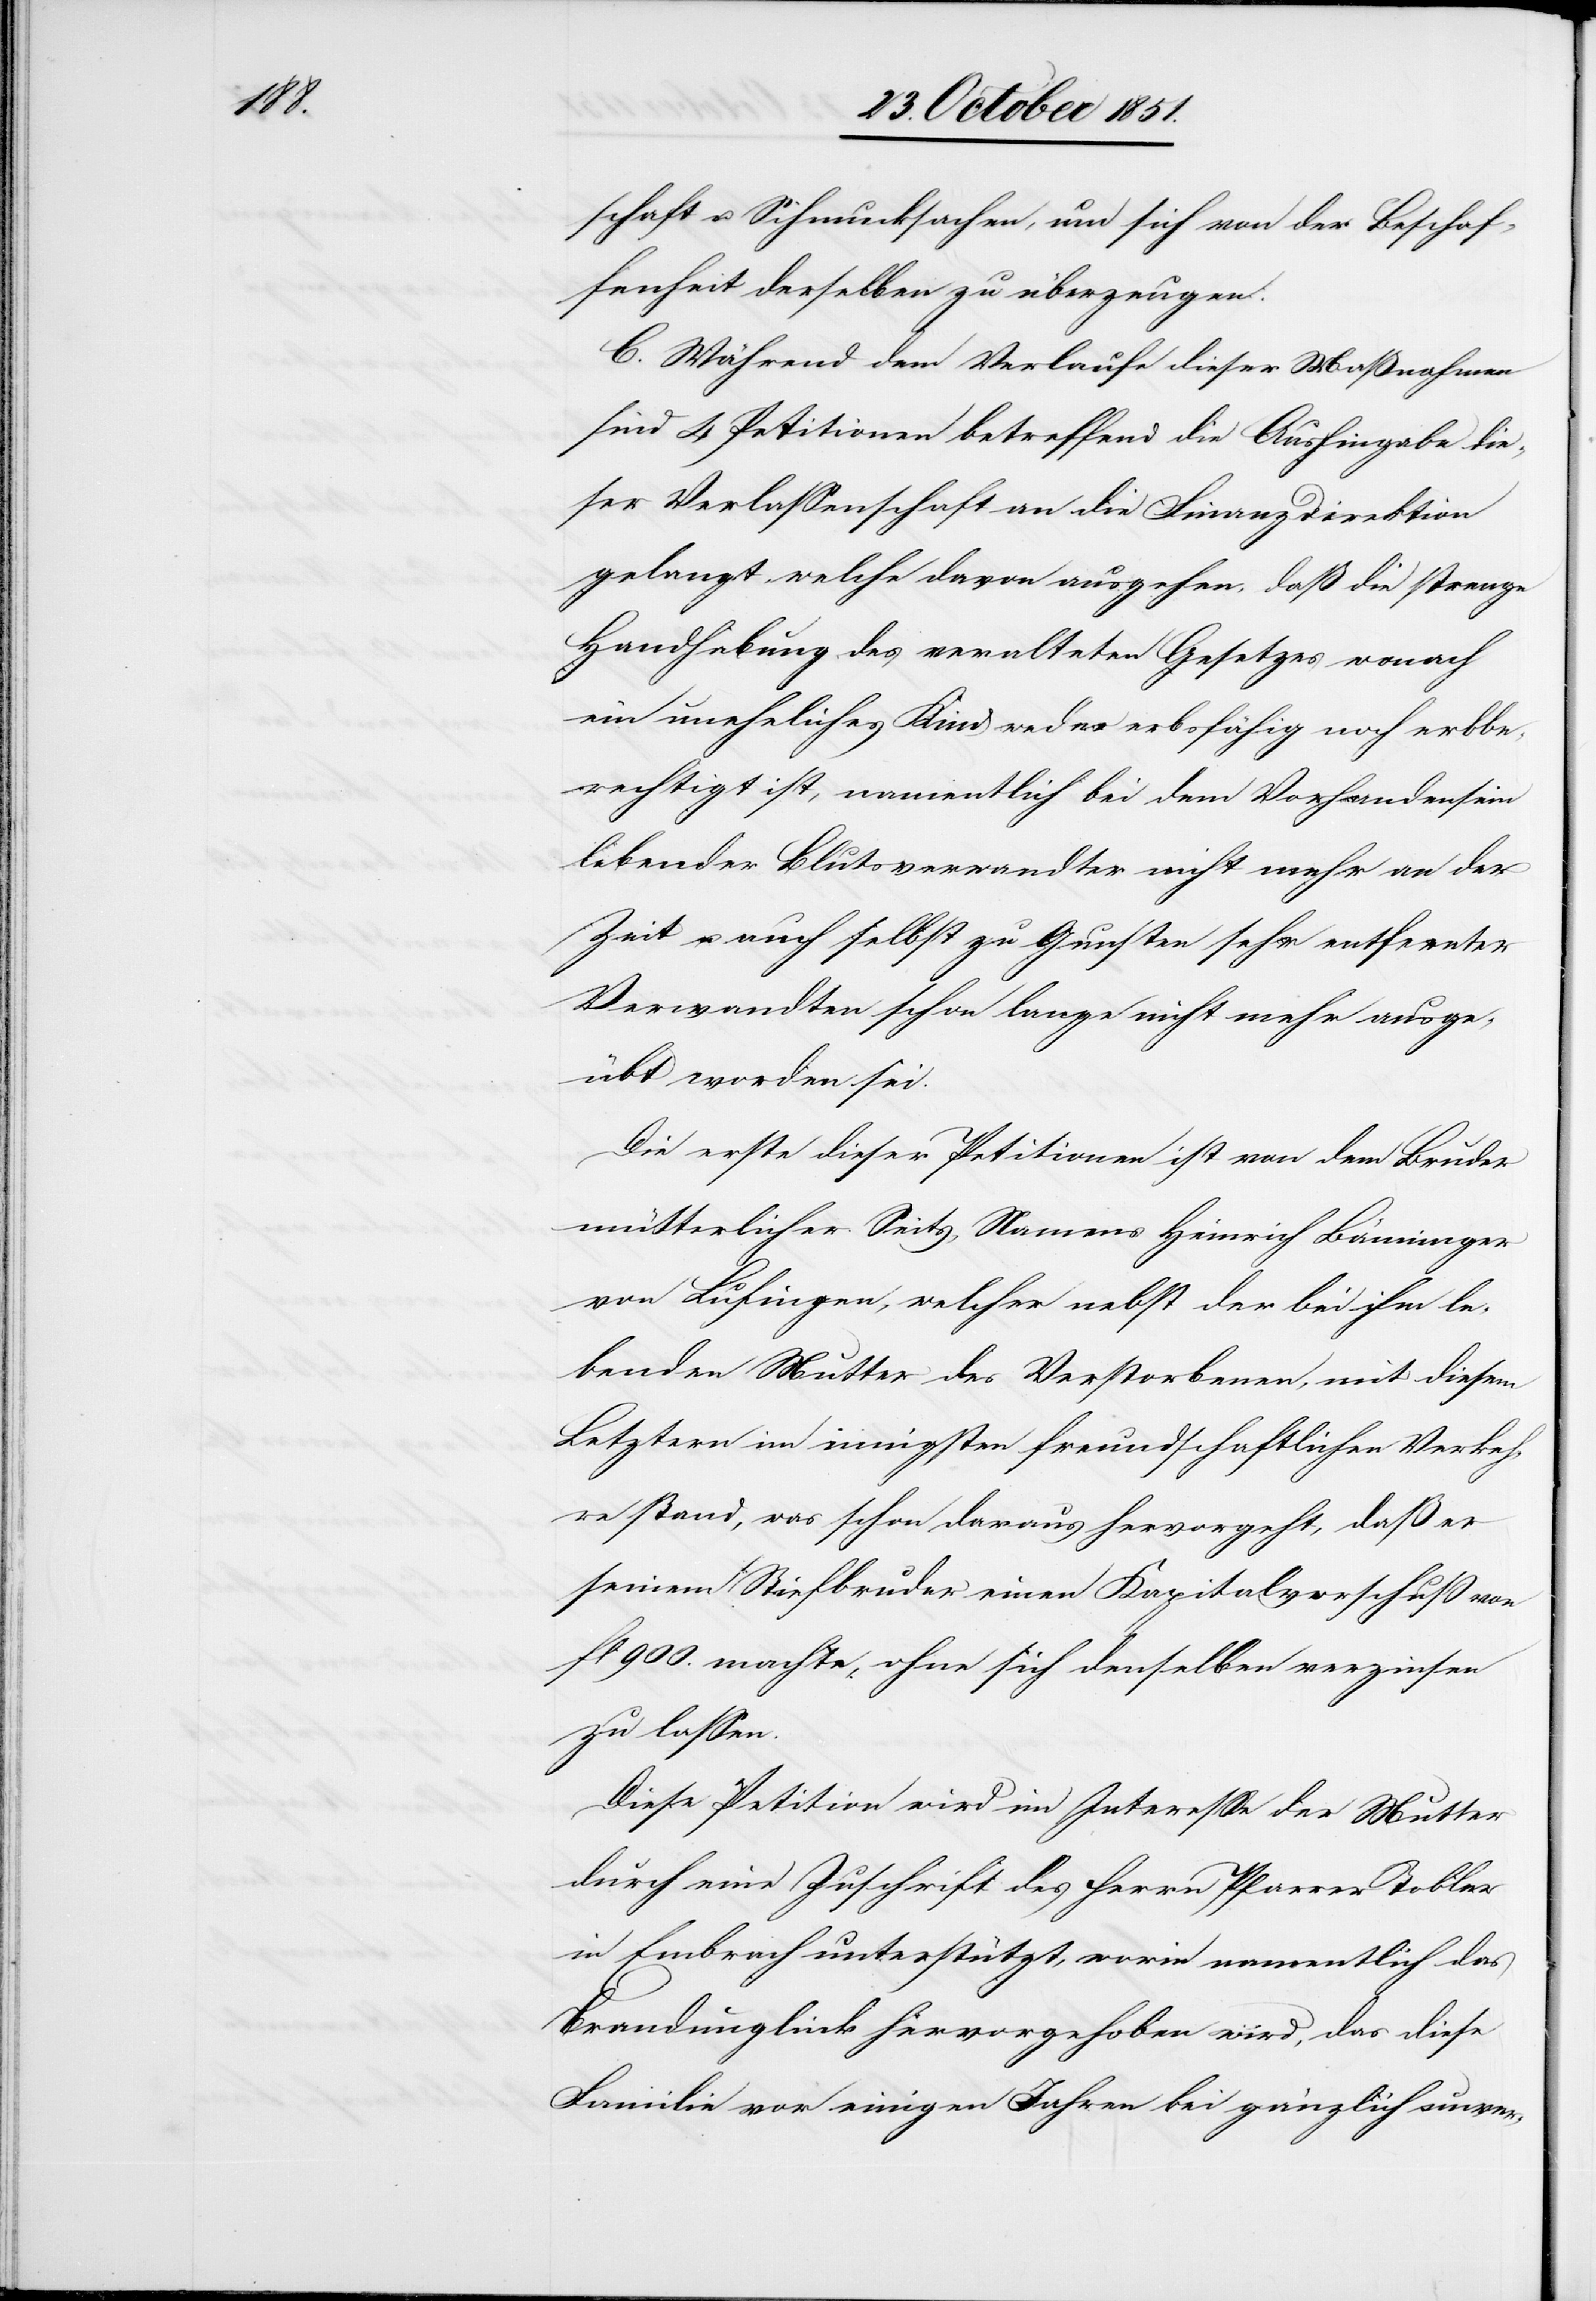
schaft u. Schmucksachen, um sich von der Beschaf¬
fenheit derselben zu überzeugen.
C. Während dem Verlaufe dieser Maßnahmen
sind 4 Petitionen betreffend die Aushingabe die¬
ser Verlassenschaft an die Finanzdirektion
gelangt welche davon ausgehen, daß die strenge
Handhabung des veralteten Gesetzes wonach
ein uneheliches Kind weder erbsfähig noch erbbe¬
rechtigt ist, namentlich bei dem Vorhandensein
lebender Blutsverwandter nicht mehr an der
Zeit u. auch selbst zu Gunsten sehr entfernter
Verwandten schon lange nicht mehr ausge¬
übt worden sei.
Die erste dieser Petitionen ist von dem Bruder
mütterlicher Seits, Namens Heinrich Bänninger
von Lufingen, welcher nebst der bei ihm le¬
benden Mutter des Verstorbenen, mit diesem
Letztern im innigsten freundschaftlichen Verkeh¬
re stand, was schon daraus hervorgeht, daß er
seinem Stiefbruder einen Kapitalvorschuß von
fl 900. machte, ohne sich denselben verzinsen
zu lassen.
Diese Petition wird im Interesse der Mutter
durch eine Zuschrift des Herrn Pfarrer Tobler
in Embrach unterstützt, worin namentlich das
Brandunglück hervorgehoben wird, das diese
Familie vor einigen Jahren bei gänzlich unver-